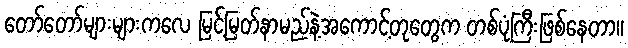
တော်တော်များများကလေ မြင့်မြတ်နာမည်နဲ့အကောင့်တုတွေက တစ်ပုံကြီးဖြစ်နေတာ။